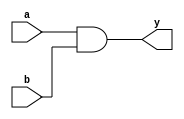
module continuous_assignment (
    input wire a,
    input wire b,
    output wire y
);

assign y = a & b;

endmodule